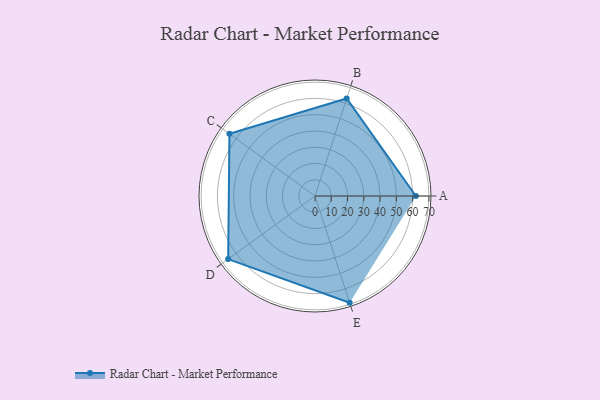
{"axis": {"x": "Skill", "y": "Score"}, "legend": ["Profile"], "data": [{"x": "A", "y": 62.0, "type": "Profile"}, {"x": "B", "y": 63.0, "type": "Profile"}, {"x": "C", "y": 65.0, "type": "Profile"}, {"x": "D", "y": 66.0, "type": "Profile"}, {"x": "E", "y": 69.0, "type": "Profile"}]}